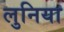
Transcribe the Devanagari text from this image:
लुनिया